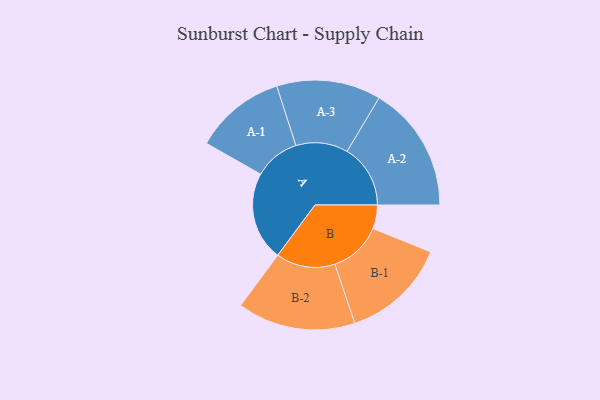
{"axis": {"x": "Segment", "y": "Value"}, "legend": ["", "A", "B"], "data": [{"x": "A", "y": 421, "type": ""}, {"x": "B", "y": 112, "type": ""}, {"x": "A-1", "y": 216, "type": "A"}, {"x": "A-2", "y": 300, "type": "A"}, {"x": "A-3", "y": 247, "type": "A"}, {"x": "B-1", "y": 250, "type": "B"}, {"x": "B-2", "y": 280, "type": "B"}]}